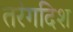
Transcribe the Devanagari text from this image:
तरंगदिश